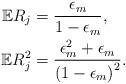
LaTeX: \begin{align*}\begin{aligned}\mathbb{E}R_j&=\frac{\epsilon_m}{1-\epsilon_m},\\ \mathbb{E}R_j^2&=\frac{\epsilon_m^2+\epsilon_m}{\left(1-\epsilon_m\right)^2}.\end{aligned}\end{align*}